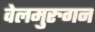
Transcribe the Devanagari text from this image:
वेलमुरुगन